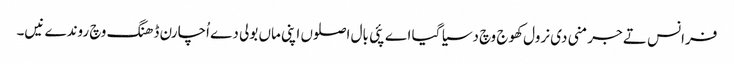
فرانس تے جرمنی دی نرول کھوج وچ دسیا گیا اے پئی بال اصلوں اپنی ماں بولی دے اُچارن ڈھنگ وچ روندے نیں۔